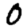
Digit: 0